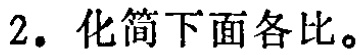
2. 化简下面各比。